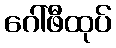
ဂေါ်ဖီထုပ်